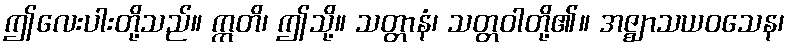
ဤလေးပါးတို့သည်။ ဣတိ၊ ဤသို့။ သတ္တာနံ၊ သတ္တဝါတို့၏။ အဇ္ဈာသယဝသေန၊